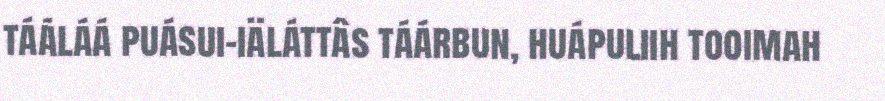
tááláá puásui-iäláttâs táárbun, huápuliih tooimah